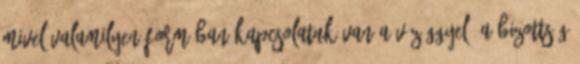
mivel valamilyen formában kapcsolatuk van a vízüggyel. A bizottság